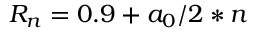
R _ { n } = 0 . 9 + a _ { 0 } / 2 * n